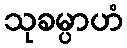
သုခမ္ပာဟံ